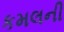
કમલની